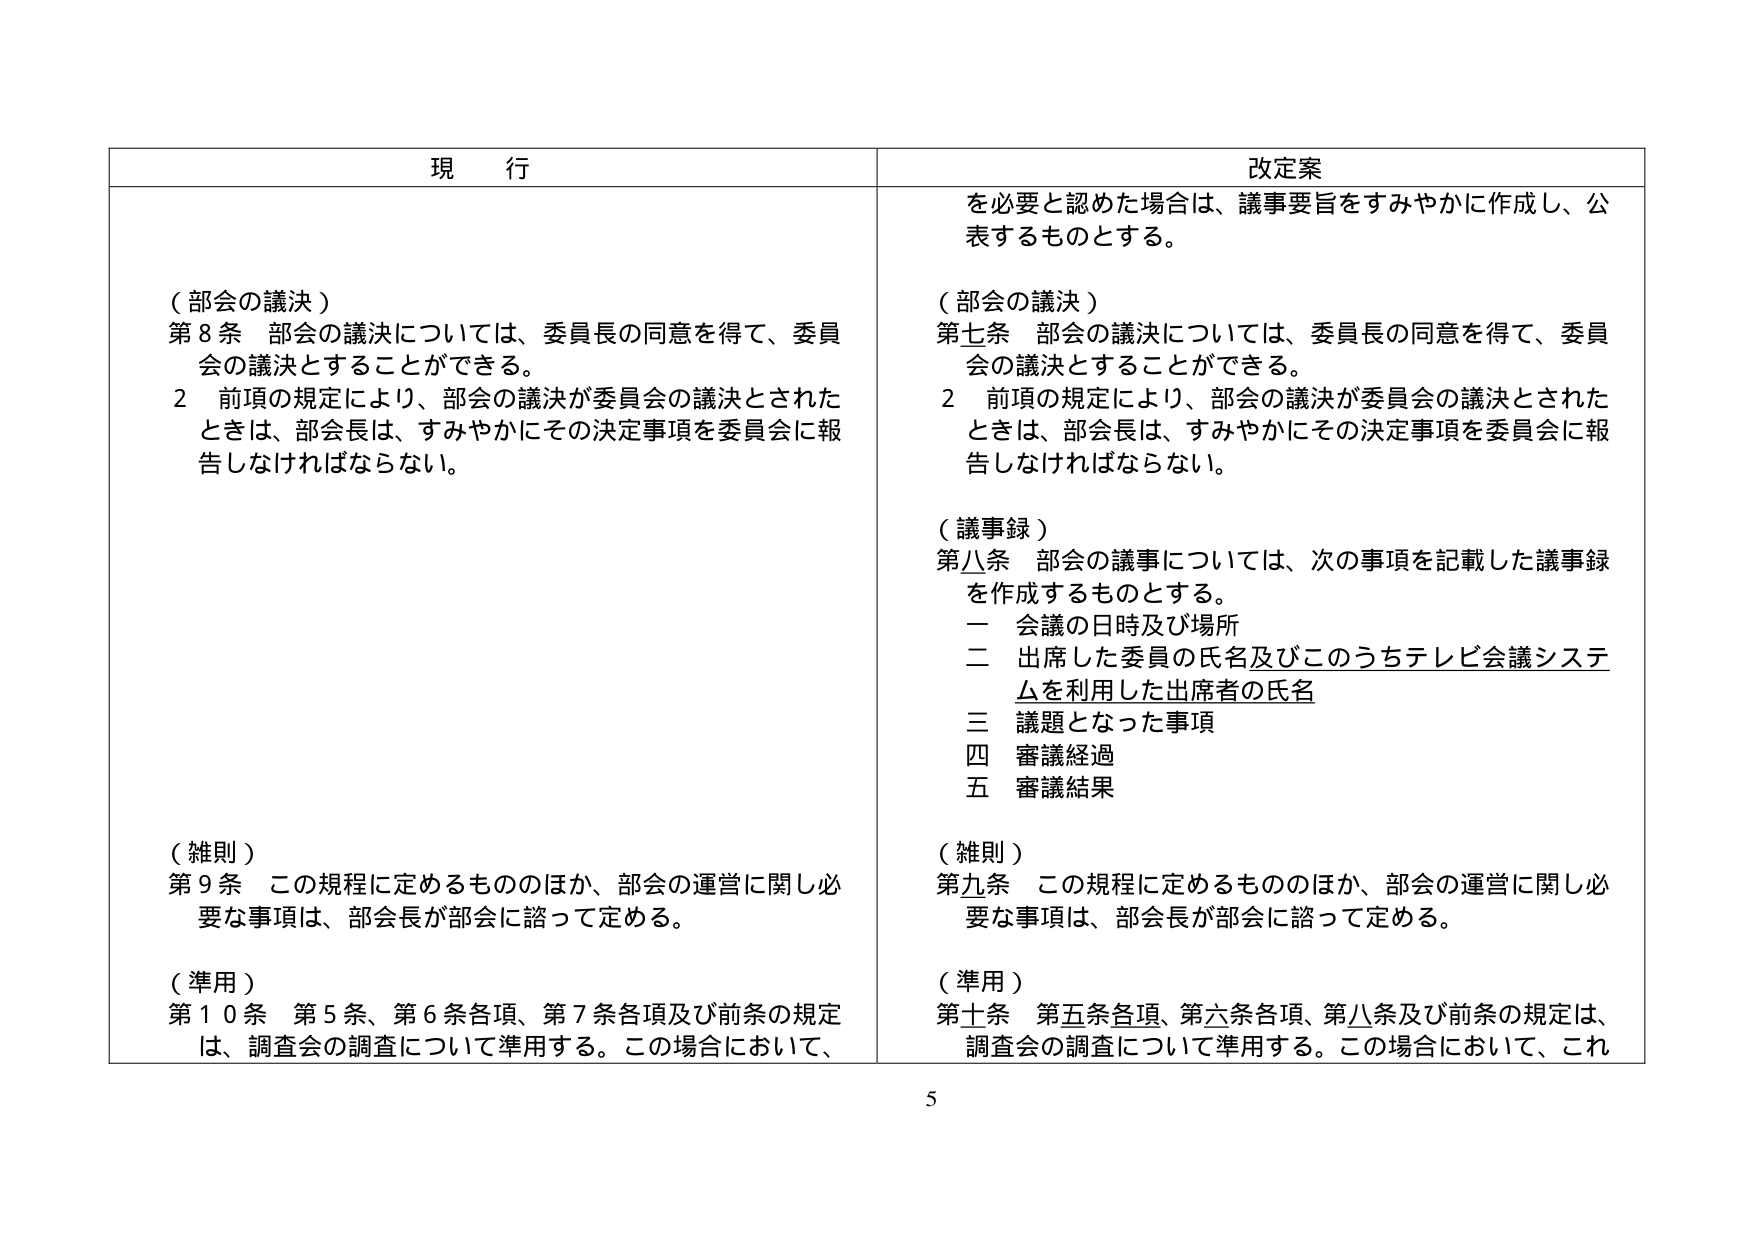
現 行

（部会の議決）
第８条 部会の議決については、委員長の同意を得て、委員会の議決とすることができる。
２ 前項の規定により、部会の議決が委員会の議決とされたときは、部会長は、すみやかにその決定事項を委員会に報告しなければならない。

（雑則）
第９条 この規程に定めるもののほか、部会の運営に関し必要な事項は、部会長が部会に諮って定める。

（準用）
第１０条 第５条、第６条各項、第７条各項及び前条の規定は、調査会の調査について準用する。この場合において、

改定案

を必要と認めた場合は、議事要旨をすみやかに作成し、公表するものとする。

（部会の議決）
第七条 部会の議決については、委員長の同意を得て、委員会の議決とすることができる。
２ 前項の規定により、部会の議決が委員会の議決とされたときは、部会長は、すみやかにその決定事項を委員会に報告しなければならない。

（議事録）
第八条 部会の議事については、次の事項を記載した議事録を作成するものとする。
一 会議の日時及び場所
二 出席した委員の氏名及びこのうちテレビ会議システムを利用した出席者の氏名
三 議題となった事項
四 審議経過
五 審議結果

（雑則）
第九条 この規程に定めるもののほか、部会の運営に関し必要な事項は、部会長が部会に諮って定める。

（準用）
第十二条 第五条各項、第六条各項、第八条及び前条の規定は、調査会の調査について準用する。この場合において、これ

5